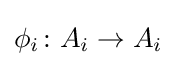
\phi _{i}\colon A_{i}\to A_{i}